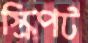
স্ক্রিপট